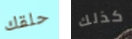
حلقك كذلك